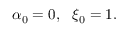
{ \alpha _ { 0 } } = 0 , ~ ~ { \xi _ { 0 } } = 1 .